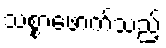
သစ္စာဖောက်သည့်